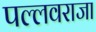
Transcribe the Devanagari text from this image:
पल्लवराजा